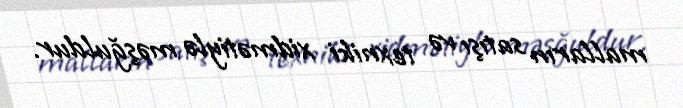
malların satışı və texniki xidmətiylə məşğuldur.